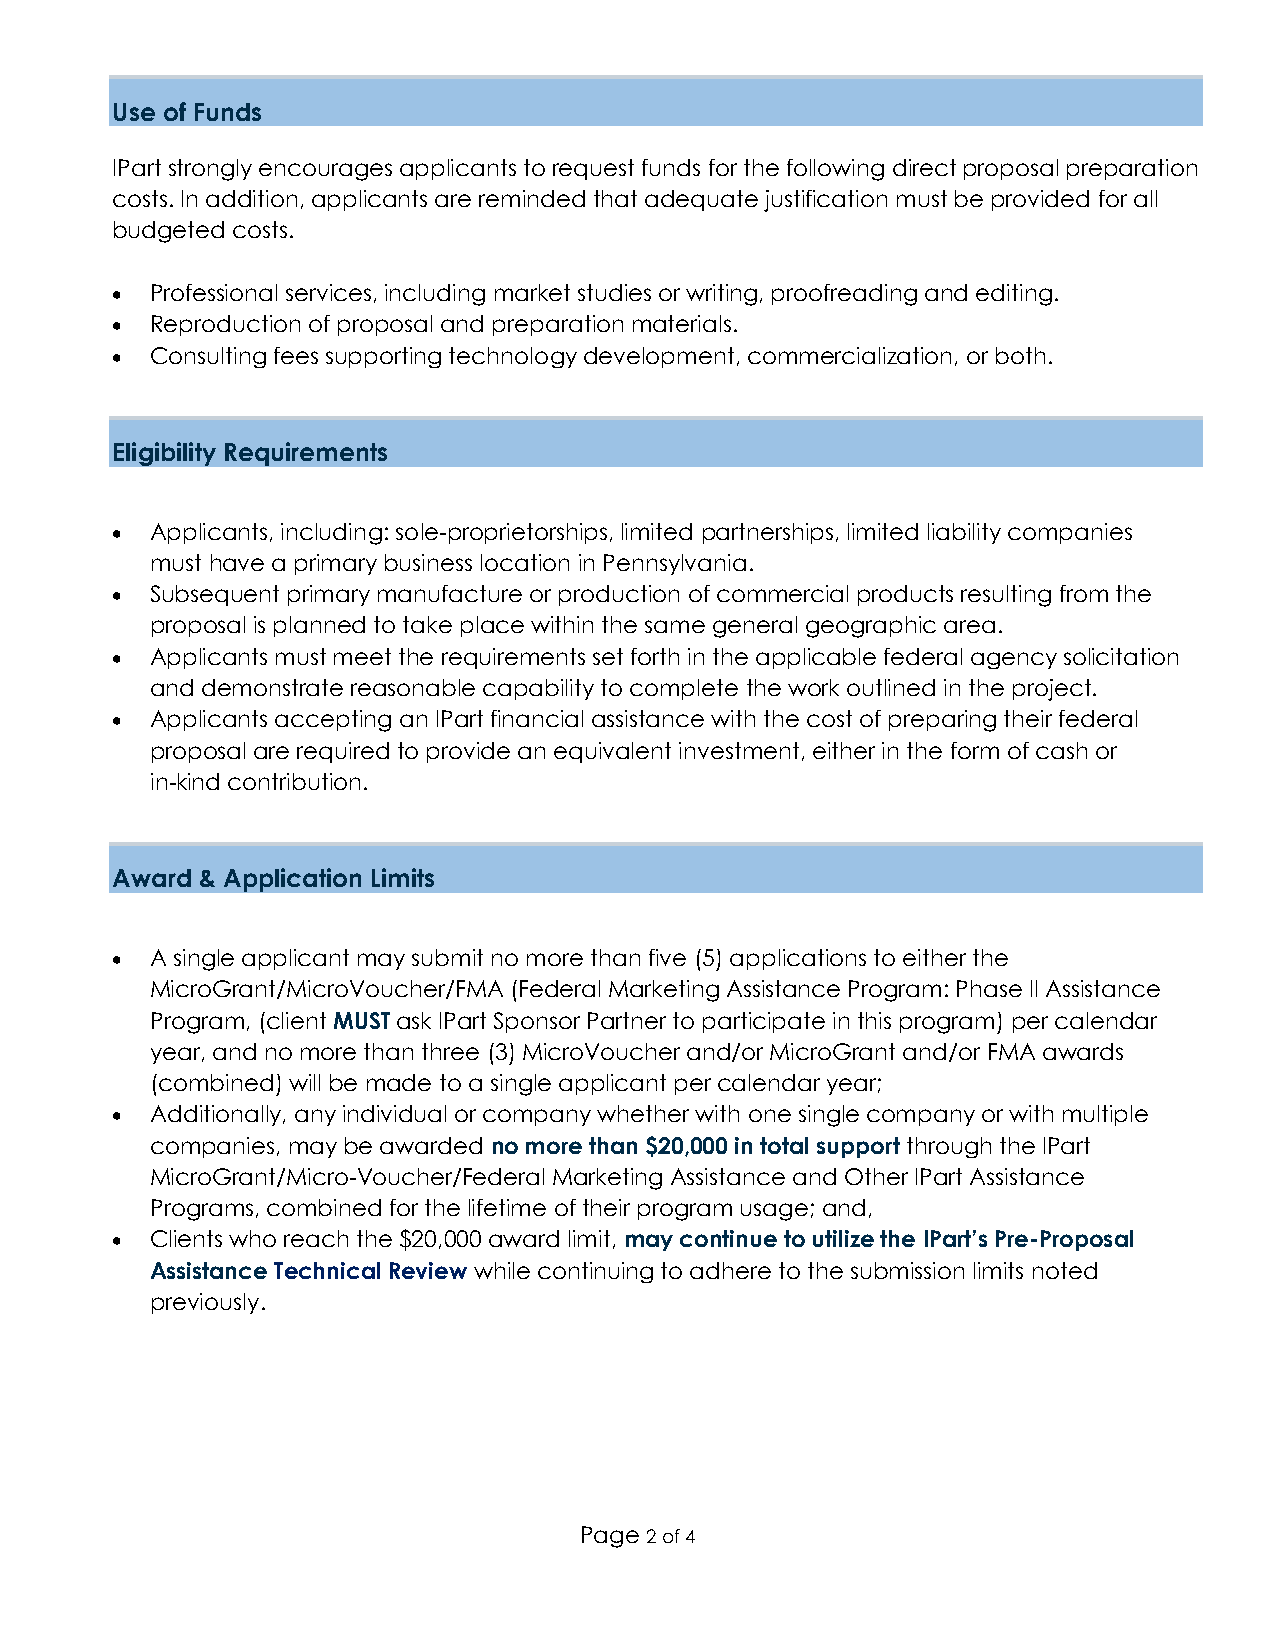
Use of Funds
 IPart strongly encourages applicants to request funds for the following direct proposal preparation
 costs. In addition, applicants are reminded that adequate justification must be provided for all
 budgeted costs.
 •  Professional services, including market studies or writing, proofreading and editing.
 •  Reproduction of proposal and preparation materials.
 •  Consulting fees supporting technology development, commercialization, or both.
 Eligibility Requirements
 •  Applicants, including: sole-proprietorships, limited partnerships, limited liability companies
 must have a primary business location in Pennsylvania.
 •  Subsequent primary manufacture or production of commercial products resulting from the
 proposal is planned to take place within the same general geographic area.
 •  Applicants must meet the requirements set forth in the applicable federal agency solicitation
 and demonstrate reasonable capability to complete the work outlined in the project.
 •  Applicants accepting an IPart financial assistance with the cost of preparing their federal
 proposal are required to provide an equivalent investment, either in the form of cash or
 in-kind contribution.
 Award & Application Limits
 •  A single applicant may submit no more than five (5) applications to either the
 MicroGrant/MicroVoucher/FMA (Federal Marketing Assistance Program: Phase II Assistance
 Program, (client MUST ask IPart Sponsor Partner to participate in this program) per calendar
 year, and no more than three (3) MicroVoucher and/or MicroGrant and/or FMA awards
 (combined) will be made to a single applicant per calendar year;
 •  Additionally, any individual or company whether with one single company or with multiple
 companies, may be awarded no more than $20,000 in total support through the IPart
 MicroGrant/Micro-Voucher/Federal Marketing Assistance and Other IPart Assistance
 Programs, combined for the lifetime of their program usage; and,
 •  Clients who reach the $20,000 award limit, may continue to utilize the IPart’s Pre-Proposal
 Assistance Technical Review while continuing to adhere to the submission limits noted
 previously.
 Page 2 of 4